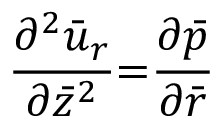
\frac { { \partial } ^ { 2 } \bar { u } _ { r } } { { \partial } \bar { z } ^ { 2 } } { = } \frac { { \partial } \bar { p } } { { \partial } \bar { r } }